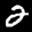
Label: 2